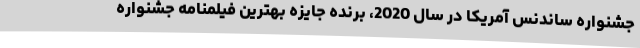
جشنواره ساندنس آمریکا در سال 2020، برنده جایزه بهترین فیلمنامه جشنواره